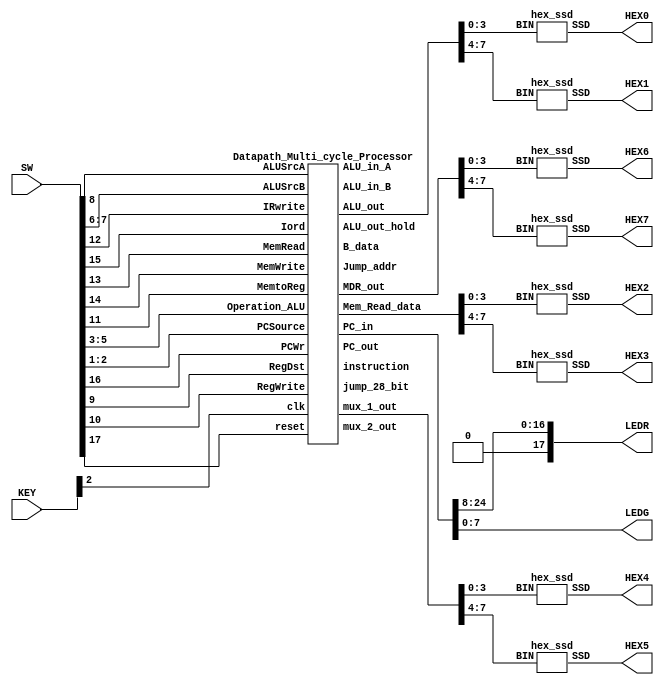
module multi_cycle(SW,LEDR,LEDG,KEY,HEX7, HEX6, HEX5, HEX4, HEX3, HEX2, HEX1, HEX0);
	input [17:0] SW;
    input [3:0] KEY;
    output [0:6] HEX7, HEX6, HEX5, HEX4, HEX3, HEX2, HEX1, HEX0;
	output [17:0] LEDR;
	output [7:0] LEDG;
	
	wire [31:0] W_ALU_in_B,W_ALU_in_A,W_ALU_out,W_B_data,W_mux_2_out,W_Jump_addr,W_PC_in,W_PC_out,W_Mem_Read_data,W_instruction,W_MDR_out,W_ALU_out_hold,W_mux_1_out;
    wire [27:0] W_jump_28_bit;
	assign LEDR=W_PC_in[24:8];
	assign LEDG=W_PC_in[7:0];
	hex_ssd C0(W_ALU_out[3:0], HEX0);
	hex_ssd C1(W_ALU_out[7:4], HEX1);
	hex_ssd C2(W_Mem_Read_data[3:0],   HEX2);
	hex_ssd C3(W_Mem_Read_data[7:4],   HEX3);
	hex_ssd C4(W_mux_1_out[3:0],   HEX4);
	hex_ssd C5(W_mux_1_out[7:4],   HEX5);
	hex_ssd C6(W_MDR_out[3:0],HEX6);
	hex_ssd C7(W_MDR_out[7:4],HEX7);
	Datapath_Multi_cycle_Processor DUT(.clk(KEY[2]), .reset(SW[17]), .PCWr(SW[16]), .Iord(SW[15]), .MemWrite(SW[14]), .MemRead(SW[13]), .IRwrite(SW[12]), .MemtoReg(SW[11]), .RegWrite(SW[10]), .RegDst(SW[9]), .ALUSrcA(SW[8]), .ALUSrcB(SW[7:6]), .Operation_ALU(SW[5:3]), .PCSource(SW[2:1]), .ALU_in_B(W_ALU_in_B), .ALU_in_A(W_ALU_in_A), .ALU_out(W_ALU_out), .B_data(W_B_data), .mux_2_out(W_mux_2_out), .Jump_addr(W_Jump_addr), .PC_in(W_PC_in), .PC_out(W_PC_out), .Mem_Read_data(W_Mem_Read_data), .instruction(W_instruction), .MDR_out(W_MDR_out), .ALU_out_hold(W_ALU_out_hold), .jump_28_bit(W_jump_28_bit), .mux_1_out(W_mux_1_out));
endmodule


module  Datapath_Multi_cycle_Processor(clk, reset,Iord,MemWrite,MemtoReg,RegWrite,RegDst,ALUSrcA,PCWr,IRwrite,MemRead,ALUSrcB,PCSource,Operation_ALU,ALU_in_B,ALU_in_A,ALU_out,B_data,mux_2_out,Jump_addr,PC_in,PC_out,Mem_Read_data,instruction,MDR_out,ALU_out_hold,jump_28_bit,mux_1_out);
    input clk, reset;
    input Iord,MemWrite,MemtoReg,RegWrite,RegDst,ALUSrcA,PCWr,IRwrite,MemRead;
    input [1:0] ALUSrcB,PCSource;
    input [2:0] Operation_ALU;
    
    output [31:0] ALU_in_B,ALU_in_A,ALU_out,B_data,mux_2_out,Jump_addr,mux_1_out;
    output [31:0] PC_in,PC_out,Mem_Read_data,instruction,MDR_out,ALU_out_hold;
    
    output [27:0] jump_28_bit;
   
    wire [31:0] W_RD2, W_RD1,Extend_out,Branch_addr,A_data;
    wire [4:0] mux_3_out;
    wire zero,PCWrcond,and_out;

    Program_Counter     comp1(clk, reset, PCWr, PC_in, PC_out);
    Mux_32_bit          comp2(PC_out, ALU_out_hold, mux_1_out, Iord);
    Data_Memory         comp3(clk,mux_1_out, B_data, Mem_Read_data, MemRead, MemWrite);
    holding_reg         comp4(instruction, Mem_Read_data, IRwrite, clk, reset);
    holding_reg         comp5(MDR_out, Mem_Read_data, 1'b1, clk, reset);
    Mux_32_bit          comp6(MDR_out,ALU_out_hold, mux_2_out, MemtoReg);

    Register_File       comp7(clk,instruction[25:21], instruction[20:16], mux_3_out, W_RD1, W_RD2, mux_2_out, RegWrite);
    Mux_5_bit           comp8(instruction[20:16], instruction[15:11], mux_3_out, RegDst);
    Sign_Extension      comp9(instruction[15:0], Extend_out);
    shift_left_2        comp10(Extend_out, Branch_addr);
    holding_reg         comp11(A_data, W_RD1, 1'b1, clk, reset);
    holding_reg         comp12(B_data, W_RD2, 1'b1, clk, reset);
    Mux_32_bit          comp13(PC_out, A_data, ALU_in_A, ALUSrcA);
    Mux4_32_bit         comp14(B_data, 32'd4,Extend_out,Branch_addr , ALU_in_B, ALUSrcB);
    alu                 comp15(Operation_ALU, ALU_in_A, ALU_in_B, ALU_out,zero);
    holding_reg         comp16(ALU_out_hold, ALU_out , 1'b1, clk, reset);
    
    shift_left_2_28bit  comp17(instruction[25:0], jump_28_bit);
    
    concate             comp18(PC_out[31:28],jump_28_bit,Jump_addr);
    Mux4_32_bit         comp19(ALU_out, ALU_out_hold,Jump_addr, 32'b0, PC_in, PCSource);
    
endmodule

module Mux_5_bit (in0, in1, mux_out, select);
	parameter N = 5;
	input [N-1:0] in0, in1;
	output [N-1:0] mux_out;
	input select;
	assign mux_out = select? in1: in0 ;
endmodule

module Sign_Extension (sign_in, sign_out);
	input [15:0] sign_in;
	output [31:0] sign_out;
	assign sign_out[15:0]=sign_in[15:0];
	assign sign_out[31:16]=sign_in[15]?16'b1111111111111111:16'b0;
endmodule

module Program_Counter (clk, reset, PC_write ,PC_in, PC_out);
	input clk, reset,PC_write;
	input [31:0] PC_in;
	output reg [31:0] PC_out;
	always @ (posedge clk or posedge reset)
	begin
		if(reset)
			PC_out <= 32'b0;
		else if (PC_write)
			PC_out <= PC_in;
	end
endmodule

module alu(
	input [2:0] alufn,
	input [31:0] ra,
	input [31:0] rb_or_imm,
	output reg [31:0] aluout,
	output reg zero);
	parameter	ALU_OP_ADD	    = 3'b000,
			    ALU_OP_SUB	    = 3'b001,
			    ALU_OP_AND	    = 3'b010,
			    ALU_OP_OR	    = 3'b011,
			    ALU_OP_XOR	    = 3'b100,
			    ALU_OP_LW	    = 3'b101,
			    ALU_OP_SW	    = 3'b110,
			    ALU_OP_BEQ	    = 3'b111;

    always @(*) 
        begin
		  case(alufn)
			ALU_OP_ADD 	    : aluout = ra + rb_or_imm;
			ALU_OP_SUB 	    : aluout = ra - rb_or_imm;
			ALU_OP_AND 	    : aluout = ra & rb_or_imm;
			ALU_OP_OR	    : aluout = ra | rb_or_imm;
			ALU_OP_XOR	    : aluout = ra ^ rb_or_imm;
			ALU_OP_LW	    : aluout = ra + rb_or_imm;
			ALU_OP_SW	    : aluout = ra + rb_or_imm;
			ALU_OP_BEQ	    : begin
					            zero = (ra==rb_or_imm)?1'b1:1'b0;
					            aluout = ra - rb_or_imm;
					          end
		  endcase
        end
endmodule

module Register_File (clk,read_addr_1, read_addr_2, write_addr, read_data_1, read_data_2, write_data, RegWrite);
	input [4:0] read_addr_1, read_addr_2, write_addr;
	input [31:0] write_data;
	input  clk,RegWrite;
	reg checkRegWrite;
	output reg [31:0] read_data_1, read_data_2;
	reg [31:0] Regfile [31:0];
	integer k;
	initial 
	    begin
	        for (k=0; k<32; k=k+1) 
			    begin
				    Regfile[k] = 32'd0;
			    end
			Regfile[8]=32'd1;//$t0
			Regfile[9]=32'd2;//$t1
			Regfile[10]=32'd3; //$t2
			Regfile[11]=32'd4; //$t3
			
			
			Regfile[17]=32'h99;//$s1
			Regfile[18]=32'h60;//$s2
			Regfile[19]=32'h30;//$s3
	    end
	
	//assign read_data_1 = Regfile[read_addr_1];
        always @(read_data_1 or Regfile[read_addr_1])
	        begin
	          if (read_addr_1 == 0) read_data_1 = 0;
	          else 
	          begin
	          read_data_1 = Regfile[read_addr_1];
	          //$display("read_addr_1=%d,read_data_1=%h",read_addr_1,read_data_1);
	          end
	        end
	//assign read_data_2 = Regfile[read_addr_2];
        always @(read_data_2 or Regfile[read_addr_2])
	        begin
	          if (read_addr_2 == 0) read_data_2 = 0;
	          else 
	          begin
	          read_data_2 = Regfile[read_addr_2];
	          //$display("read_addr_2=%d,read_data_2=%h",read_addr_2,read_data_2);
	          end
	        end
	always @(posedge clk)
	        begin
		      if (RegWrite == 1'b1)
		         begin 
		             Regfile[write_addr] = write_data;
		             $display("Register File write_addr=%d write_data=%d",write_addr,write_data);
		         end
	        end
endmodule

module holding_reg(output_data, input_data, write, clk, reset);
  // inputs
  input [31:0] input_data;
  input	write, clk, reset;

  // outputs
  output reg [31:0] output_data;

  // Register content and output assignment
    // update regisiter contents
  always @(posedge clk or posedge reset) 
  begin
    if (reset) 
    begin
      output_data <= 32'b0;
    end
    else if (write) 
    begin
      output_data <= input_data;
    end
  end
endmodule

module Mux_32_bit (in0, in1, mux_out, select);
	input [31:0] in0, in1;
	output [31:0] mux_out;
	input select;
	assign mux_out = select? in1: in0 ;
endmodule

module shift_left_2 (sign_in, sign_out);
	input [31:0] sign_in;
	output [31:0] sign_out;
	assign sign_out[31:2]=sign_in[29:0];
	assign sign_out[1:0]=2'b00;
endmodule

module concate(PC_in,IR_in,PC_out);
    input [3:0] PC_in;
    input [27:0] IR_in;
    output[31:0] PC_out;
    assign PC_out={PC_in, IR_in};
endmodule

module Mux4_32_bit (in0, in1,in2, in3, mux_out, select);
	input [31:0] in0, in1,in2,in3;
	output [31:0] mux_out;
	input [1:0]select;
	assign mux_out = select[1]? (select[0]?in3: in2):(select[0]?in1:in0);
endmodule

module shift_left_2_28bit (sign_in, sign_out);
	input [25:0] sign_in;
	output [27:0] sign_out;
	assign sign_out={2'b00,sign_in};
endmodule

module Data_Memory (clk,addr, write_data, read_data, MemRead, MemWrite);
    input [31:0] addr;
    input [31:0] write_data;
    output [31:0] read_data;
    input MemRead, MemWrite,clk;
    reg [31:0] DMemory [63:0];
    integer k;
    initial begin
        for (k=0; k<64; k=k+1)
            begin
                DMemory[k] = 32'b0;
            end
        //sw  $s1, 0x02($s2)	    //	Memory[$s2+0x02] = $s1
        DMemory[0] = 32'b101011100101000100000000_0000_0010;       
        
        //add $s4,  $s2, $s3	    //	$s4 = $s2 + $s3  => R20=0x90 
        DMemory[4] = 32'b000000100101001110100000_0010_0000;
        
        
        //add $s5 $t0 $t1	    //r[21]=t0+t1=1+2=3 
        DMemory[8] = 32'b000000010000100110101000_0010_0000;
        
        
        //sub $s1, $s2, $s3	    //	$s1 = $s2   $s3  => R17=0x22=d30
        DMemory[12] = 32'b00000010010100111000100000100010;
        
        //sw  $s1, 0x02($s2)	    //	Memory[$s2+0x02] = $s1 = d30  //memory[62]=d30
        DMemory[16] = 32'b10101110010100010000000000000010;
        
        
        //lw $s1, 0x02($s2)	        //	$s1 = Memory[$s2+0x02]
        //R[17]=memory[62]=d30
        DMemory[20] = 32'b10001110010100010000000000000010;
        
        
        //beq $t2,$t3, End      //beq $t2,$t3, 0x03
        DMemory[24] = 32'b00010001010010110000000000000011;
        
        //addi $s7, $zero, 0x16  //R[23]=0x16
        DMemory[28] = 32'b00100000000101110000000000010000;
                
        //addi $s2, $zero, 0x55 //  load immediate value 0x55 to register $s2
        DMemory[32] = 32'b00100000000100100000000001010101;
        // //  load immediate value 0x22 to register $s3
        DMemory[36] = 32'b00100000000100110000000000100010;
        // //  load immediate value 0x77 to register $s5
        DMemory[40] = 32'b00100000000101010000000001110111;
        //j 0x00
        DMemory[44] = 32'b00001000000000000000000000000000;
        end
        
    assign read_data = (MemRead) ? DMemory[addr] : 32'bx;
    
    always @(posedge clk)
        begin
            if (MemWrite)
            begin
               DMemory[addr] = write_data;
               $display("Data memory write_addr=%d write_data=%d",addr,write_data);
            end
        end
endmodule

module hex_ssd (BIN, SSD);
  input [3:0] BIN;
  output reg [0:6] SSD;

  always@(*) begin
    case(BIN)
      0:SSD=7'b0000001;
      1:SSD=7'b1001111;
      2:SSD=7'b0010010;
      3:SSD=7'b0000110;
      4:SSD=7'b1001100;
      5:SSD=7'b0100100;
      6:SSD=7'b0100000;
      7:SSD=7'b0001111;
      8:SSD=7'b0000000;
      9:SSD=7'b0001100;
      10:SSD=7'b0001000;
      11:SSD=7'b1100000;
      12:SSD=7'b0110001;
      13:SSD=7'b1000010;
      14:SSD=7'b0110000;
      15:SSD=7'b0111000;
    endcase
  end
endmodule